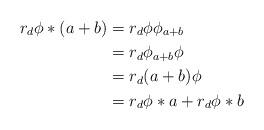
LaTeX: \begin{align*} r_d\phi *(a+b) &= r_d\phi \phi_{a+b} \\ &= r_d\phi_{a+b}\phi \\ &= r_d(a+b)\phi \\ &= r_d\phi*a + r_d\phi*b\end{align*}